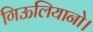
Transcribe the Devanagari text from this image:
गिऊलियानो।